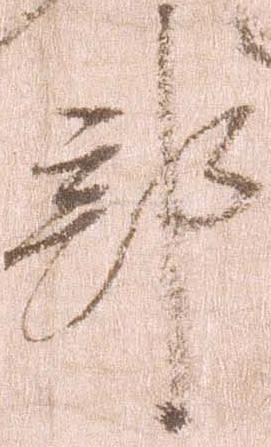
部